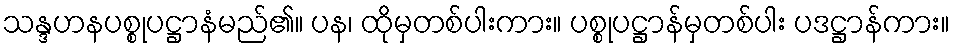
သန္ဒဟနပစ္စုပဋ္ဌာနံမည်၏။ ပန၊ ထိုမှတစ်ပါးကား။ ပစ္စုပဋ္ဌာန်မှတစ်ပါး ပဒဋ္ဌာန်ကား။